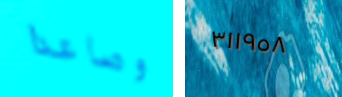
وصاعدا ٣١١٩٥٨